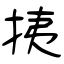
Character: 挗